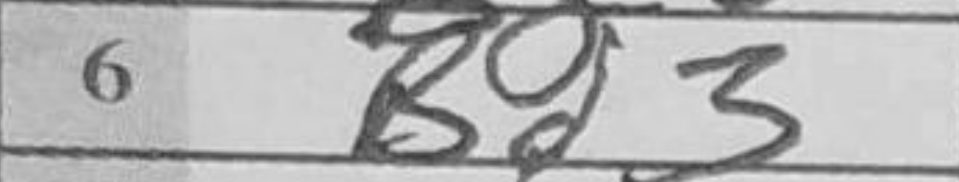
Transcription: Bd3